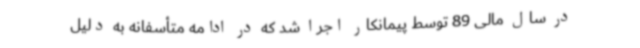
در سال مالی 89 توسط پیمانکار اجرا شد که در ادامه متأسفانه به دلیل